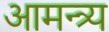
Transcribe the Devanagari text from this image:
आमन्त्र्य